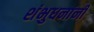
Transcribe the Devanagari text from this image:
शंभुधनांनी